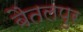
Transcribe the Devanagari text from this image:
बैतलपुर